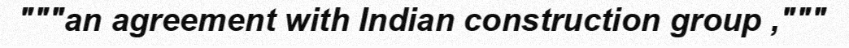
"""an agreement with Indian construction group ,"""